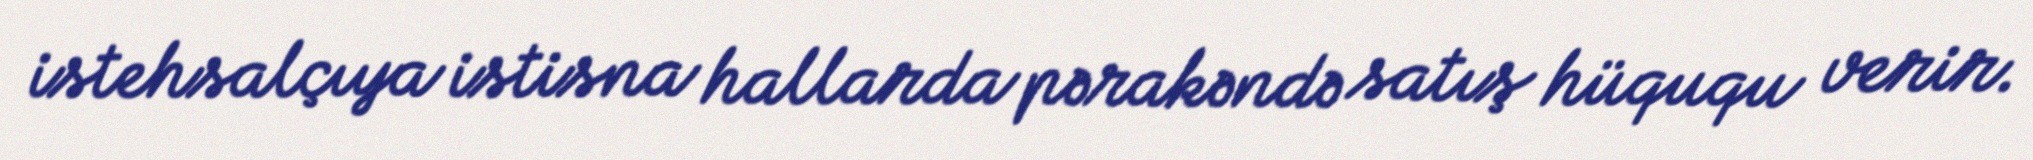
istehsalçıya istisna hallarda pərakəndə satış hüququ verir.